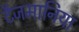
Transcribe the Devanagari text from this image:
टैजमानिया